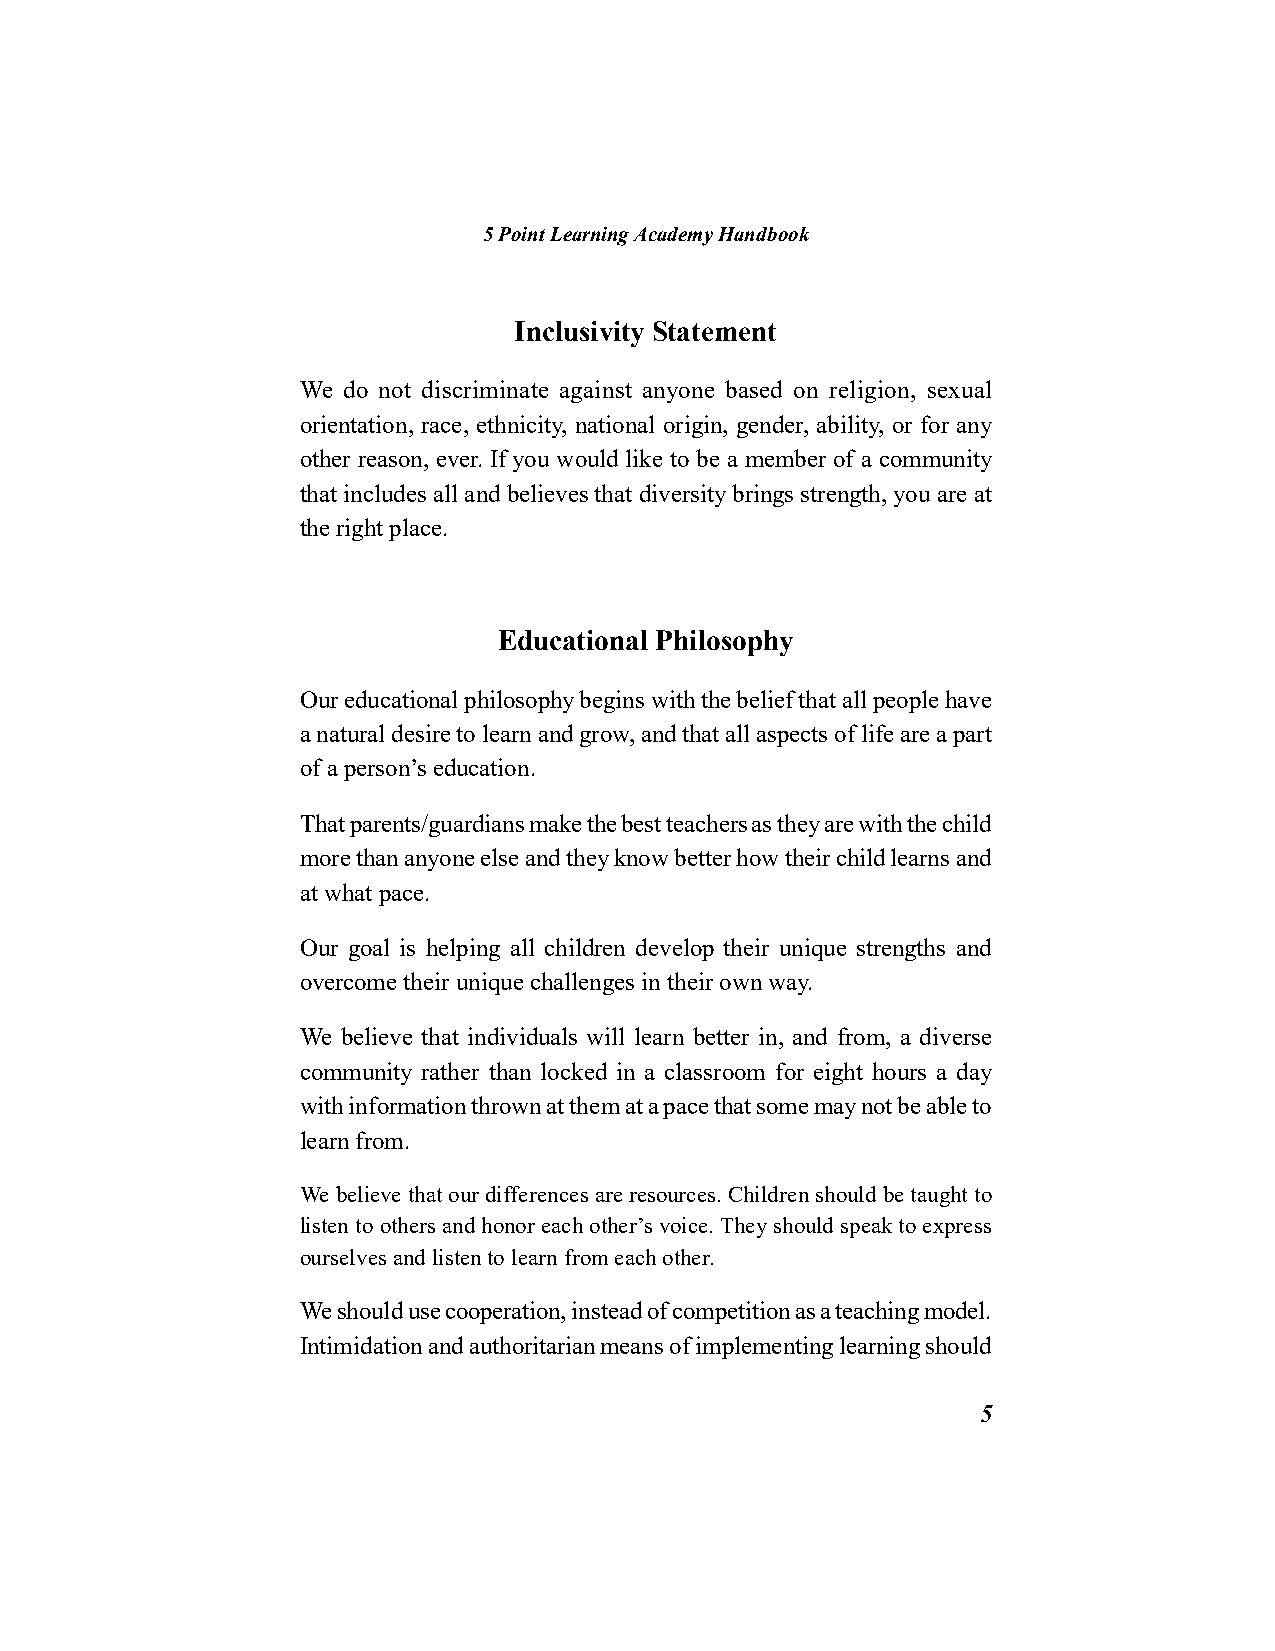
5 Point Learning Academy Handbook
 Inclusivity Statement
 We do not discriminate against anyone based on religion, sexual
 orientation, race, ethnicity, national origin, gender, ability, or for any
 other reason, ever. If you would like to be a member of a community
 that includes all and believes that diversity brings strength, you are at
 the right place.
 Educational Philosophy
 Our educational philosophy begins with the belief that all people have
 a natural desire to learn and grow, and that all aspects of life are a part
 of a person’s education.
 That parents/guardians make the best teachers as they are with the child
 more than anyone else and they know better how their child learns and
 at what pace.
 Our goal is helping all children develop their unique strengths and
 overcome their unique challenges in their own way.
 We believe that individuals will learn better in, and from, a diverse
 community rather than locked in a classroom for eight hours a day
 with information thrown at them at a pace that some may not be able to
 learn from.
 We believe that our differences are resources. Children should be taught to
 listen to others and honor each other’s voice. They should speak to express
 ourselves and listen to learn from each other.
 We should use cooperation, instead of competition as a teaching model.
 Intimidation and authoritarian means of implementing learning should
 5